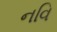
નવિ